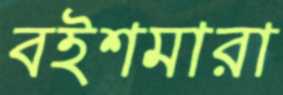
বইশমারা